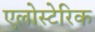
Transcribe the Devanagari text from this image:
एलोस्टेरिक